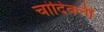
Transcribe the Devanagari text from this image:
चांदिवली